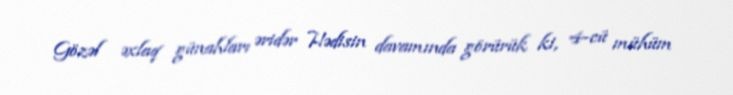
Gözəl əxlaq günahları əridər Hədisin davamında görürük ki, 4-cü mühüm